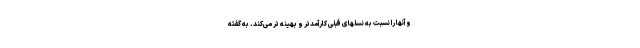
و آنها را نسبت به نسلهای قبلی کارآمدتر و بهینه تر می‌کند. به گفته